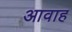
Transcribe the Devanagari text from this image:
आवाह